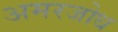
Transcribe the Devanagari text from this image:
अमरजोध